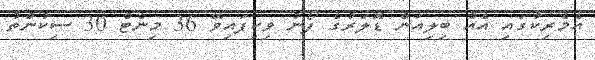
އެމެރިކާގައި އެއް ބިލިއަން ޑޮލަރުގެ ފޯނު ވިކިފައިވޭ 36 މިނެޓް 30 ސިކުންތު